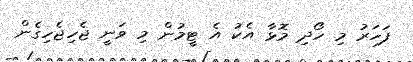
ފަހަރު މި ހޯދި މޮޅާ އެކު އެ ޓީމުން މި ވަނީ ޖެހިޖެހިގެން